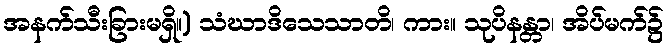
အနက်သီးခြားမရှိ။) သံဃာဒိသေသာတိ၊ ကား။ သုပိနန္တာ၊ အိပ်မက်၌